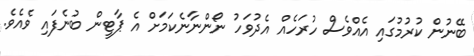
ބޭނުން ކުރުމުގައި އެއްވެސް ހުރަހެއް އެދުވަހު ނޯންނާނެކަމަށް އެ ޕާޓީން ބުނެފައި ވެއެވެ.